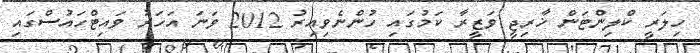
ހިލަރީ ކްލިންޓަން ޚާރިޖީ ވަޒީރާ ކަމުގައި ހުންނެވިއިރު 2012 ވަނަ އަހަރު ވައިޓްހައުސްގައި